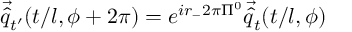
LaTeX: \vec { \hat { q } } _ { t ^ { \prime } } ( t / l , \phi + 2 \pi ) = e ^ { i r _ { - } 2 \pi \Pi ^ { 0 } } \vec { \hat { q } } _ { t } ( t / l , \phi )